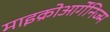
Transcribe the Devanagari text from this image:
माइक्रोआर्गेनिज्म